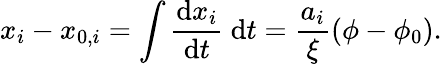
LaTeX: x_{i}-x_{0,i}=\int\frac{\mathrm{d}x_{i}}{\mathrm{d}t}~\mathrm{d}t=\frac{a_{i}}{\xi}(\phi-\phi_{0}).